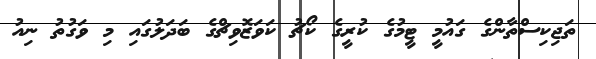
ތަޖިކިސްތާންގެ ގައުމީ ޓީމުގެ ކުރީގެ ކޯޗު ކަވަޒޮވިޗްގެ ބަދަލުގައި މި ވަގުތު ނިއު